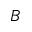
\boldsymbol { B }